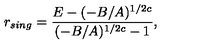
r _ { s i n g } = \frac { E - ( - B / A ) ^ { 1 / 2 c } } { ( - B / A ) ^ { 1 / 2 c } - 1 } ,